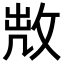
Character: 𢽘